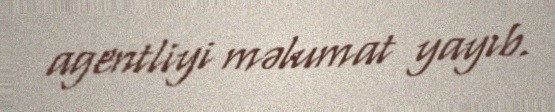
agentliyi məlumat yayıb.